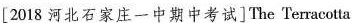
[2018 河北石家庄一中期中考试] The Terracotta